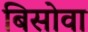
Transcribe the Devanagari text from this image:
बिसोवा